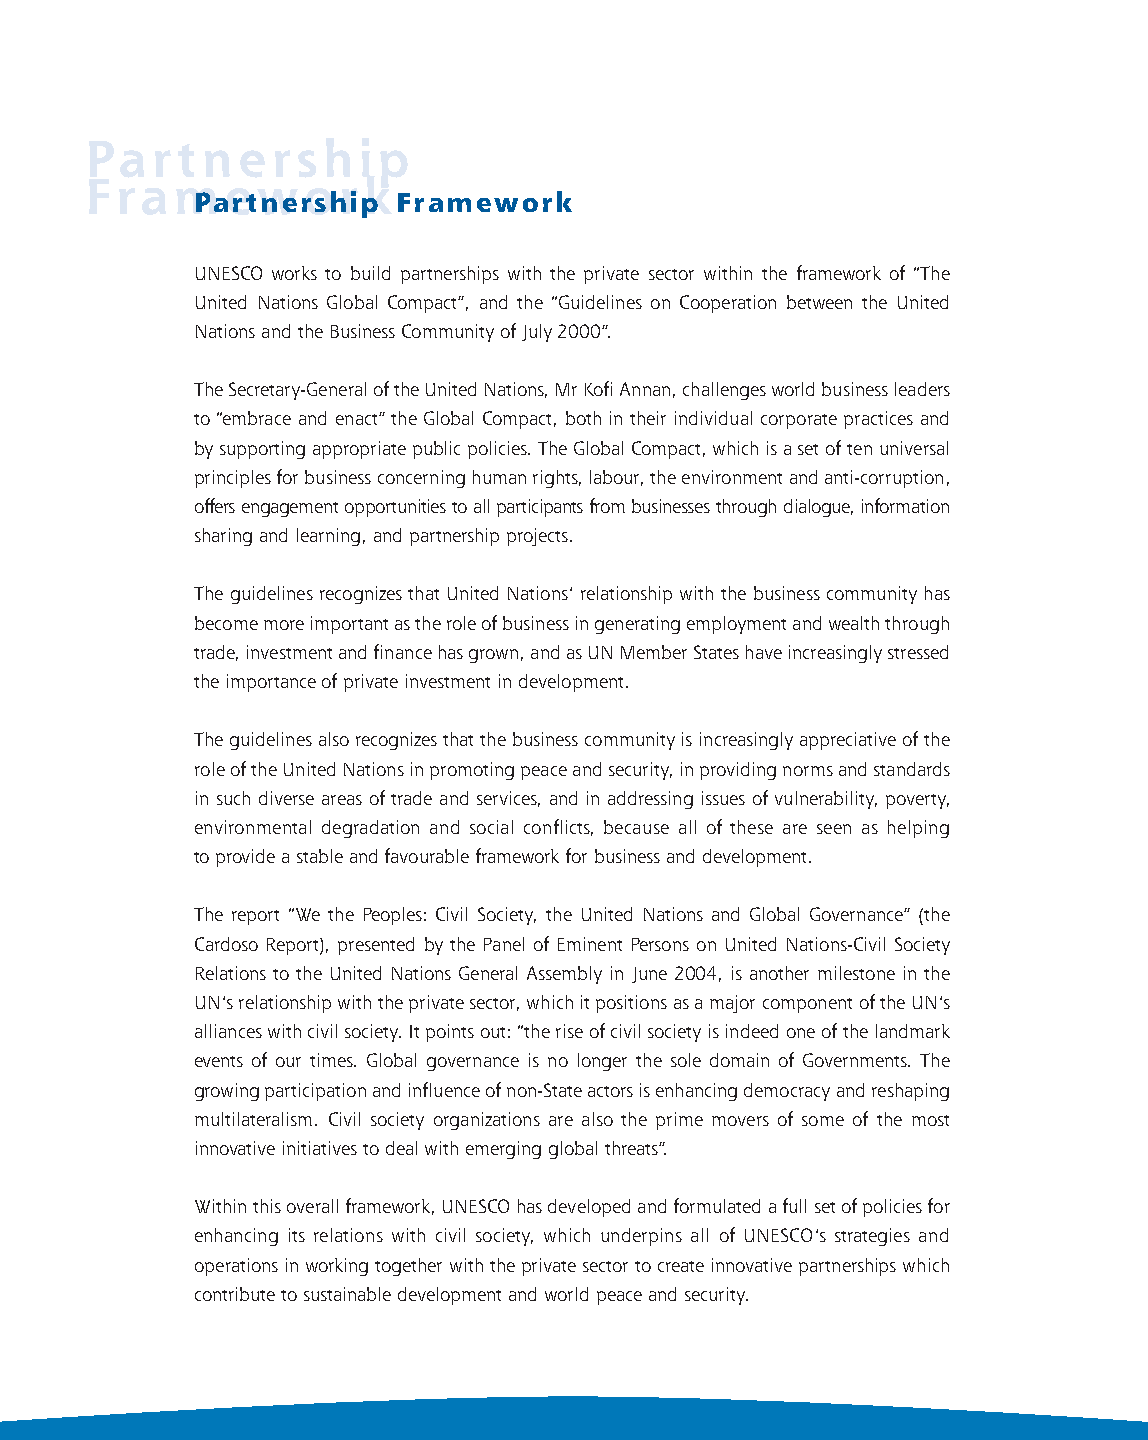
chemise private_UK last 1/11/06 16:53 Page 2
 Partnership
 Framework
 Partnership  Framework
 UNESCO works to build partnerships with the private sector within the framework of “The
 United Nations Global Compact”, and the “Guidelines on Cooperation between the United
 Nations and the Business Community of July 2000”.
 The Secretary-General of the United Nations, Mr Kofi Annan, challenges world business leaders
 to “embrace and enact” the Global Compact, both in their individual corporate practices and
 by supporting appropriate public policies. The Global Compact, which is a set of ten universal
 principles for business concerning human rights, labour, the environment and anti-corruption,
 offers engagement opportunities to all participants from businesses through dialogue, information
 sharing and learning, and partnership projects.
 The guidelines recognizes that United Nations’ relationship with the business community has
 become more important as the role of business in generating employment and wealth through
 trade, investment and finance has grown, and as UN Member States have increasingly stressed
 the importance of private investment in development.
 The guidelines also recognizes that the business community is increasingly appreciative of the
 role of the United Nations in promoting peace and security, in providing norms and standards
 in such diverse areas of trade and services, and in addressing issues of vulnerability, poverty,
 environmental degradation and social conflicts, because all of these are seen as helping
 to provide a stable and favourable framework for business and development.
 The report “We the Peoples: Civil Society, the United Nations and Global Governance” (the
 Cardoso Report), presented by the Panel of Eminent Persons on United Nations-Civil Society
 Relations to the United Nations General Assembly in June 2004, is another milestone in the
 UN’s relationship with the private sector, which it positions as a major component of the UN’s
 alliances with civil society. It points out: “the rise of civil society is indeed one of the landmark
 events of our times. Global governance is no longer the sole domain of Governments. The
 growing participation and influence of non-State actors is enhancing democracy and reshaping
 multilateralism. Civil society organizations are also the prime movers of some of the most
 innovative initiatives to deal with emerging global threats”.
 Within this overall framework, UNESCO has developed and formulated a full set of policies for
 enhancing its relations with civil society, which underpins all of UNESCO’s strategies and
 operations in working together with the private sector to create innovative partnerships which
 contribute to sustainable development and world peace and security.